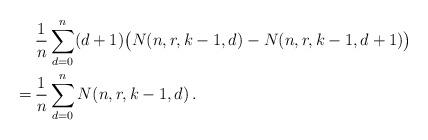
LaTeX: \begin{align*} & \frac{1}{n} \sum_{d=0}^n (d+1)\big(N(n,r,k-1,d) - N(n,r,k-1,d+1)\big) \\= \: & \frac{1}{n} \sum_{d=0}^n N(n,r,k-1,d) \, . \end{align*}